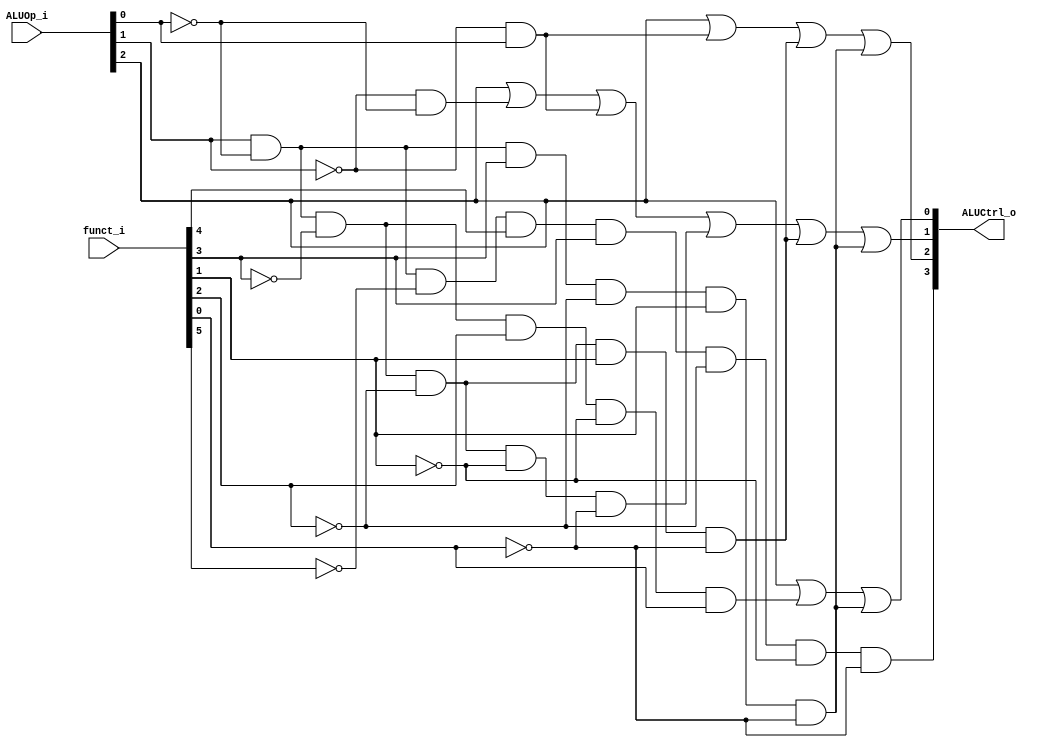
//Subject:     CO project 2 - ALU Controller
//--------------------------------------------------------------------------------
//Version:     1
//--------------------------------------------------------------------------------
//Writer:      
//----------------------------------------------
//Date:        
//----------------------------------------------
//Description: 
//--------------------------------------------------------------------------------

module ALU_Ctrl(
          funct_i,
          ALUOp_i,
          ALUCtrl_o
          );
          
//I/O ports 
input      [6-1:0] funct_i;
input      [3-1:0] ALUOp_i;

output     [4-1:0] ALUCtrl_o;    
     
//Internal Signals
wire        [3:0] ALUCtrl_o;


assign ALUCtrl_o [3]=((ALUOp_i [1])&(~ALUOp_i [0])&(~funct_i[5])&(funct_i[4])&(funct_i[3])&(~funct_i[2])&(~funct_i[1])&(~funct_i[0])); //mult
assign ALUCtrl_o [2]=(ALUOp_i [2]) |  //slti
                     ((~ALUOp_i [1])&(ALUOp_i [0])) | 
                     ((ALUOp_i [1])&(~ALUOp_i [0])&(~funct_i[3])&(~funct_i[2])&(funct_i[1])&(~funct_i[0])) | 
                     ((ALUOp_i [1])&(~ALUOp_i [0])&(funct_i[3])&(~funct_i[2])&(funct_i[1])&(~funct_i[0]));

assign ALUCtrl_o [1]=(ALUOp_i [2]) |  //slti
                     ((~ALUOp_i [1])&(~ALUOp_i [0]))|
                     ((~ALUOp_i [1])&(ALUOp_i [0])) |  //add
                     ((ALUOp_i [1])&(~ALUOp_i [0])&(~funct_i[3])&(~funct_i[2])&(~funct_i[1])&(~funct_i[0])) |  
                     ((ALUOp_i [1])&(~ALUOp_i [0])&(~funct_i[3])&(~funct_i[2])&(funct_i[1])&(~funct_i[0])) |
                     ((ALUOp_i [1])&(~ALUOp_i [0])&(funct_i[3])&(~funct_i[2])&(funct_i[1])&(~funct_i[0]));

assign ALUCtrl_o [0]=(ALUOp_i [2]) |  //slti
                     ((ALUOp_i [1])&(~ALUOp_i [0])&(~funct_i[3])&(funct_i[2])&(~funct_i[1])&(funct_i[0])) |  //or
                     ((ALUOp_i [1])&(~ALUOp_i [0])&(funct_i[3])&(~funct_i[2])&(funct_i[1])&(~funct_i[0]));   

endmodule